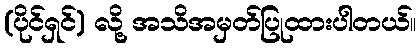
(ပိုင်ရှင်) လို့ အသိအမှတ်ပြုထားပါတယ်။